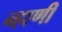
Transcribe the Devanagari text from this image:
न्हाणी